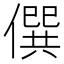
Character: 僎